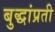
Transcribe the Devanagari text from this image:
बुद्धांप्रती